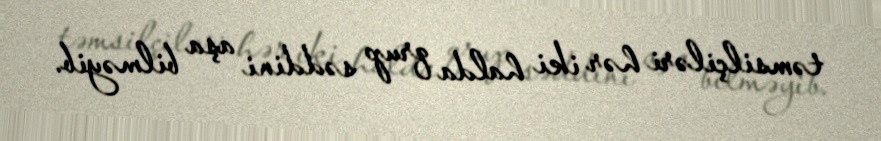
təmsilçiləri hər iki halda qrup səddini aşa bilməyib.